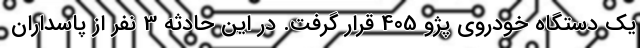
یک دستگاه خودروی پژو 405 قرار گرفت. در این حادثه 3 نفر از پاسداران